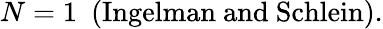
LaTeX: N=1\ \ \mathrm{(Ingelman~and~Schlein)}.